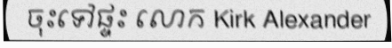
ចុះទៅផ្ទះ លោក Kirk Alexander